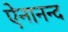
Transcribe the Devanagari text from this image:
ऐनानन्द